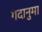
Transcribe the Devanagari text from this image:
गदानुमा